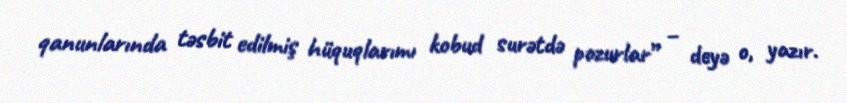
qanunlarında təsbit edilmiş hüquqlarımı kobud surətdə pozurlar” – deyə o, yazır.